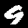
Digit: 9